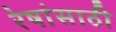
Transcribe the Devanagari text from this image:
रेषांसाठी